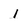
Character: l